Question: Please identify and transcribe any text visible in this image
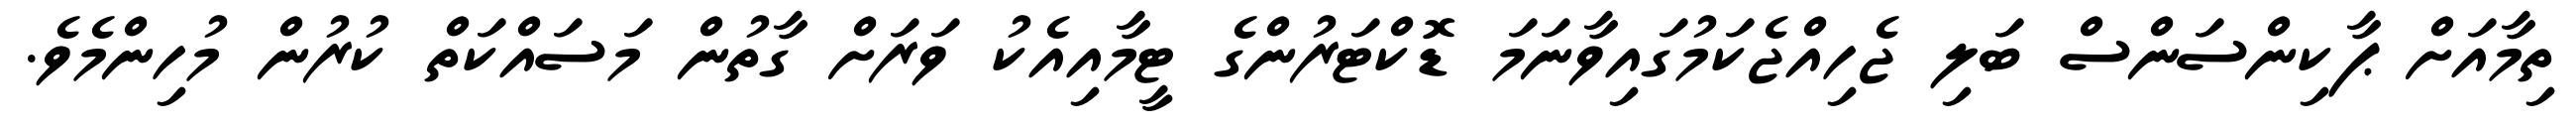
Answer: ތިމާއަށް ޕާކިންސަންސް ބަލި ޖެހިއްޖެކަމުގައިވާނަމަ ޑޮކްޓަރުންގެ ޓީމާއިއެކު ވަރަށް ގާތުން މަސައްކަތް ކުރުން މުހިންމެވެ.